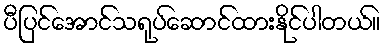
ပီပြင်အောင်သရုပ်ဆောင်ထားနိုင်ပါတယ်။